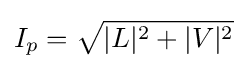
I_{p}={\sqrt {|L|^{2}+|V|^{2}}}